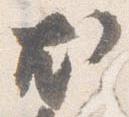
尤